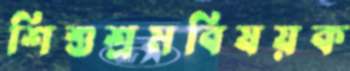
শিশুশ্রমবিষয়ক